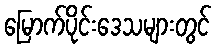
မြောက်ပိုင်းဒေသများတွင်